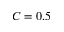
C = 0 . 5